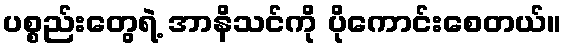
ပစ္စည်းတွေရဲ့ အာနိသင်ကို ပိုကောင်းစေတယ်။